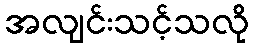
အလျင်းသင့်သလို